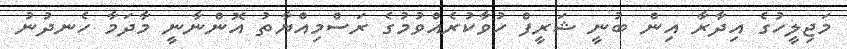
މަޖިލީހުގެ އިދާރާ އިން ބުނީ ޝަރީފް ހުވާކުރެއްވުމުގެ ރަސްމިއްޔާތު އޮންނާނީ މާދަމާ ހެނދުނު